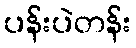
ပန်းပဲတန်း